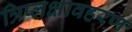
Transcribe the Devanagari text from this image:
त्रिप्लक्षावहरण